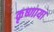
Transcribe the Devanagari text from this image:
कृष्णाया